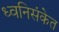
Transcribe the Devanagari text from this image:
ध्वनिसंकेत